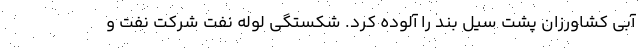
آبی کشاورزان پشت سیل بند را آلوده کرد. شکستگی لوله نفت شرکت نفت و